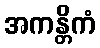
အကန္တိကံ